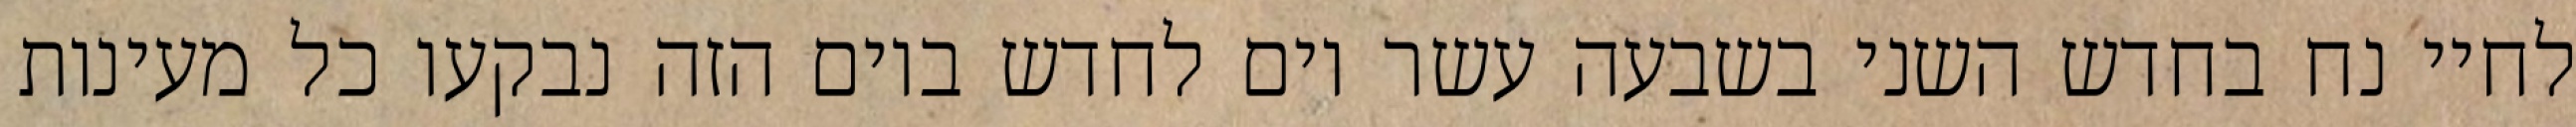
לחיי נח בחדש השני בשבעה עשר יום לחדש ביום הזה נבקעו כל מעינות